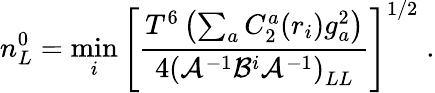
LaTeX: n_{L}^{0}=\operatorname*{min}_{i}\left[{\frac{T^{6}\left(\sum_{a}C_{2}^{a}(r_{i})g_{a}^{2}\right)}{4\left({\cal A}^{-1}{\cal B}^{i}{\cal A}^{-1}\right)_{LL}}}\right]^{1/2}\; .